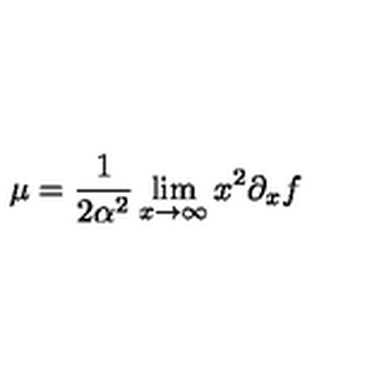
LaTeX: \mu = \frac { 1 } { 2 \alpha ^ { 2 } } \lim _ { x \to \infty } x ^ { 2 } \partial _ { x } f